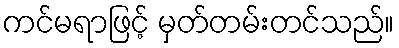
ကင်မရာဖြင့် မှတ်တမ်းတင်သည်။